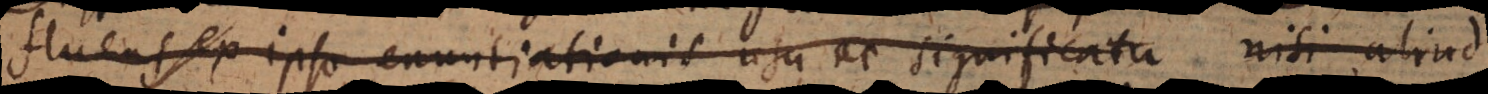
fluens ex ipso enuntiationis usu ac significatu (cc) nisi